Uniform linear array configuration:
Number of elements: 32
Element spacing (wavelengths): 0.75
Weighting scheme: binomial
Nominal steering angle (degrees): -45
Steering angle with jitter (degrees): -45.103
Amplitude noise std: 0.05
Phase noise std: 0.05

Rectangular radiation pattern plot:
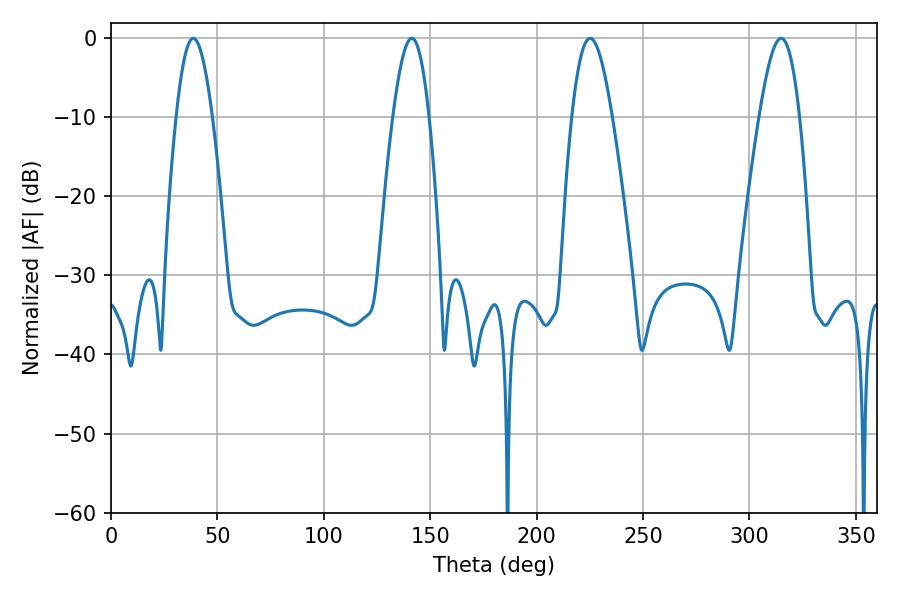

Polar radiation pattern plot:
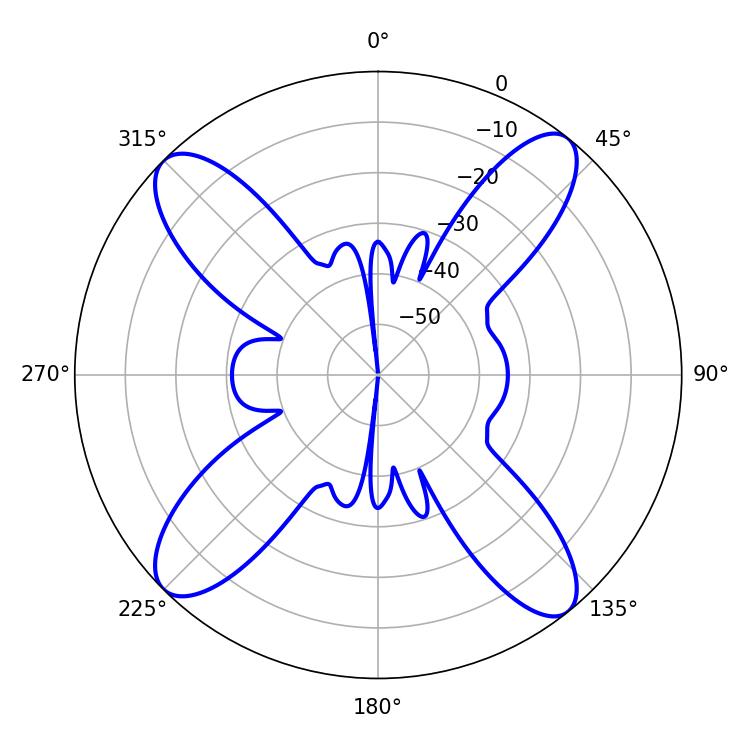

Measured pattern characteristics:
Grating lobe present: TRUE
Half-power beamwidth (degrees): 9.18
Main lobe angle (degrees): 38.7